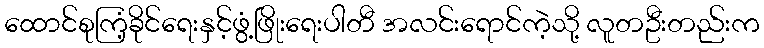
ထောင်စုကြံ့ခိုင်ရေးနှင့်ဖွံ့ဖြိုးရေးပါတီ အလင်းရောင်ကဲ့သို့ လူတဦးတည်းက